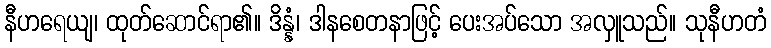
နီဟရေယျ၊ ထုတ်ဆောင်ရာ၏။ ဒိန္နံ၊ ဒါနစေတနာဖြင့် ပေးအပ်သော အလှူသည်။ သုနီဟတံ